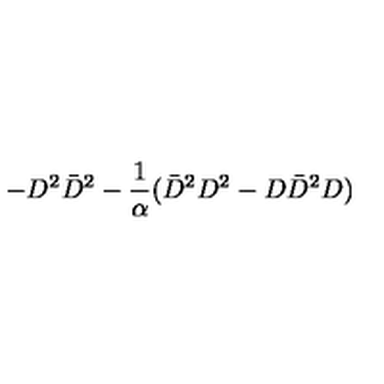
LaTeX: - D ^ { 2 } \bar { D } ^ { 2 } - { \frac { 1 } { \alpha } } ( \bar { D } ^ { 2 } D ^ { 2 } - D \bar { D } ^ { 2 } D )